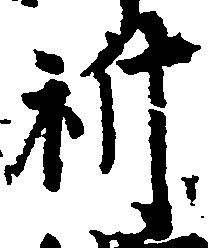
祈